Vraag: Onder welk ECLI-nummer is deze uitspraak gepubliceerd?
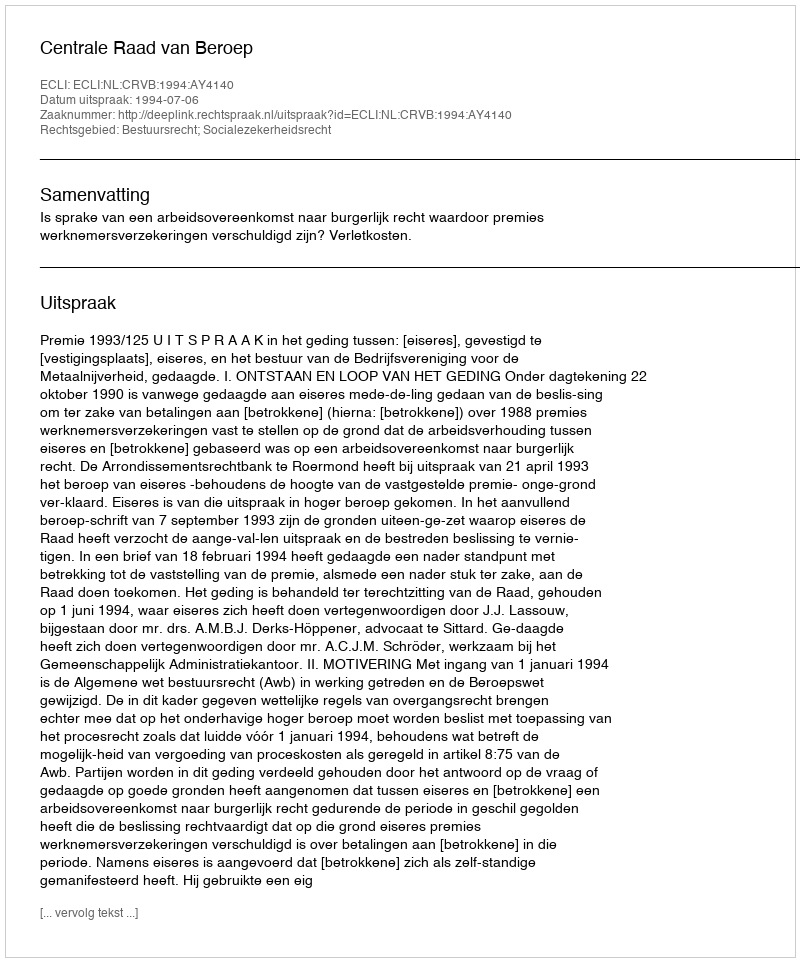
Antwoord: ECLI:NL:CRVB:1994:AY4140